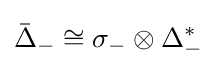
{\bar {\Delta }}_{-}\cong \sigma _{-}\otimes \Delta _{-}^{*}